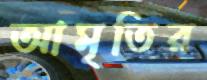
আমৃতির